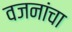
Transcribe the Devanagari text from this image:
वजनांचा